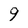
Character: 9